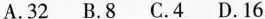
A.32 B.8 C.4 D.16